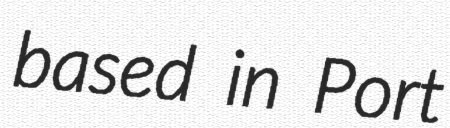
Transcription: based in Port